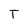
Character: T